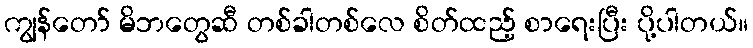
ကျွန်တော် မိဘတွေဆီ တစ်ခါတစ်လေ စိတ်ထည့် စာရေးပြီး ပို့ပါတယ်။